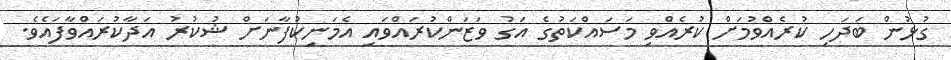
ގުޅުން ބަދަހި ކުރެއްވުމަށް ކުރެއްވި މަސައްކަތުގެ އަގު ވަޒަންކުރައްވައި އެމަނިކުފާނަށް ޝުކުރު އަދާކުރައްވާފައެވެ.